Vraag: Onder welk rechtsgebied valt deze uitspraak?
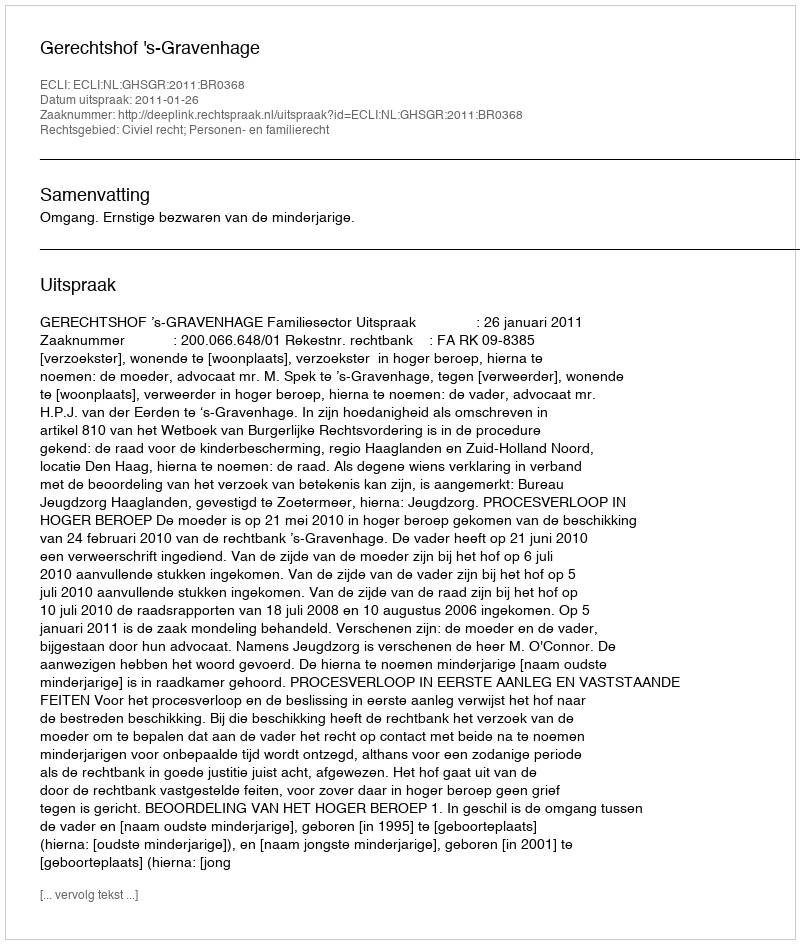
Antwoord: Civiel recht; Personen- en familierecht